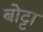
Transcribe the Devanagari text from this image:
बोट्टा